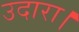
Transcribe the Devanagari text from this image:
उदारा।